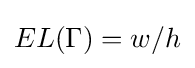
EL(\Gamma )=w/h